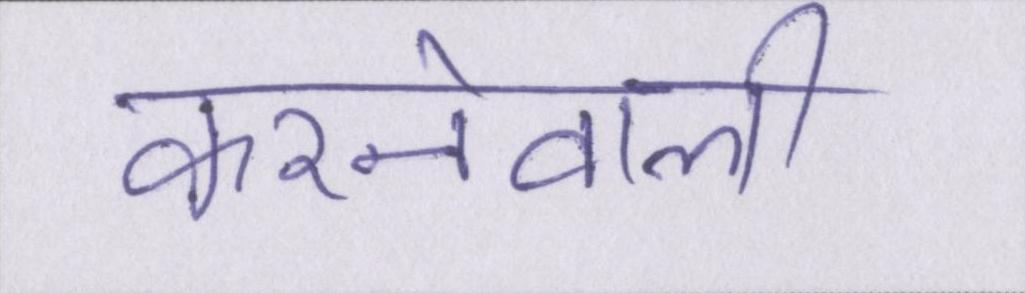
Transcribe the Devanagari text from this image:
करनेवाली